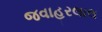
જવાહરલાલ